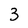
Character: 3